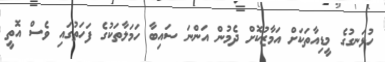
ހުޅަނގުގެ މީޑިއާތަކަށް އަމާޒުކޮށް ދެމުން އަންނަ ސައިބާ ހަމަލާތަކުގެ ފަހަތުގައި ވެސް އޮތީ